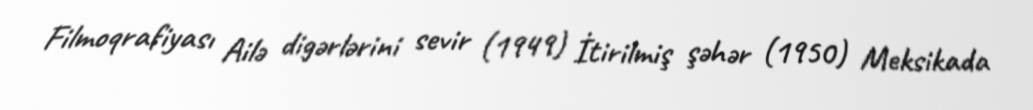
Filmoqrafiyası Ailə digərlərini sevir (1949) İtirilmiş şəhər (1950) Meksikada